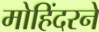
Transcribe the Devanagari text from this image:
मोहिंदरने